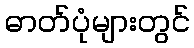
ဓာတ်ပုံများတွင်